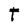
Character: T